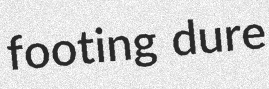
footing dure